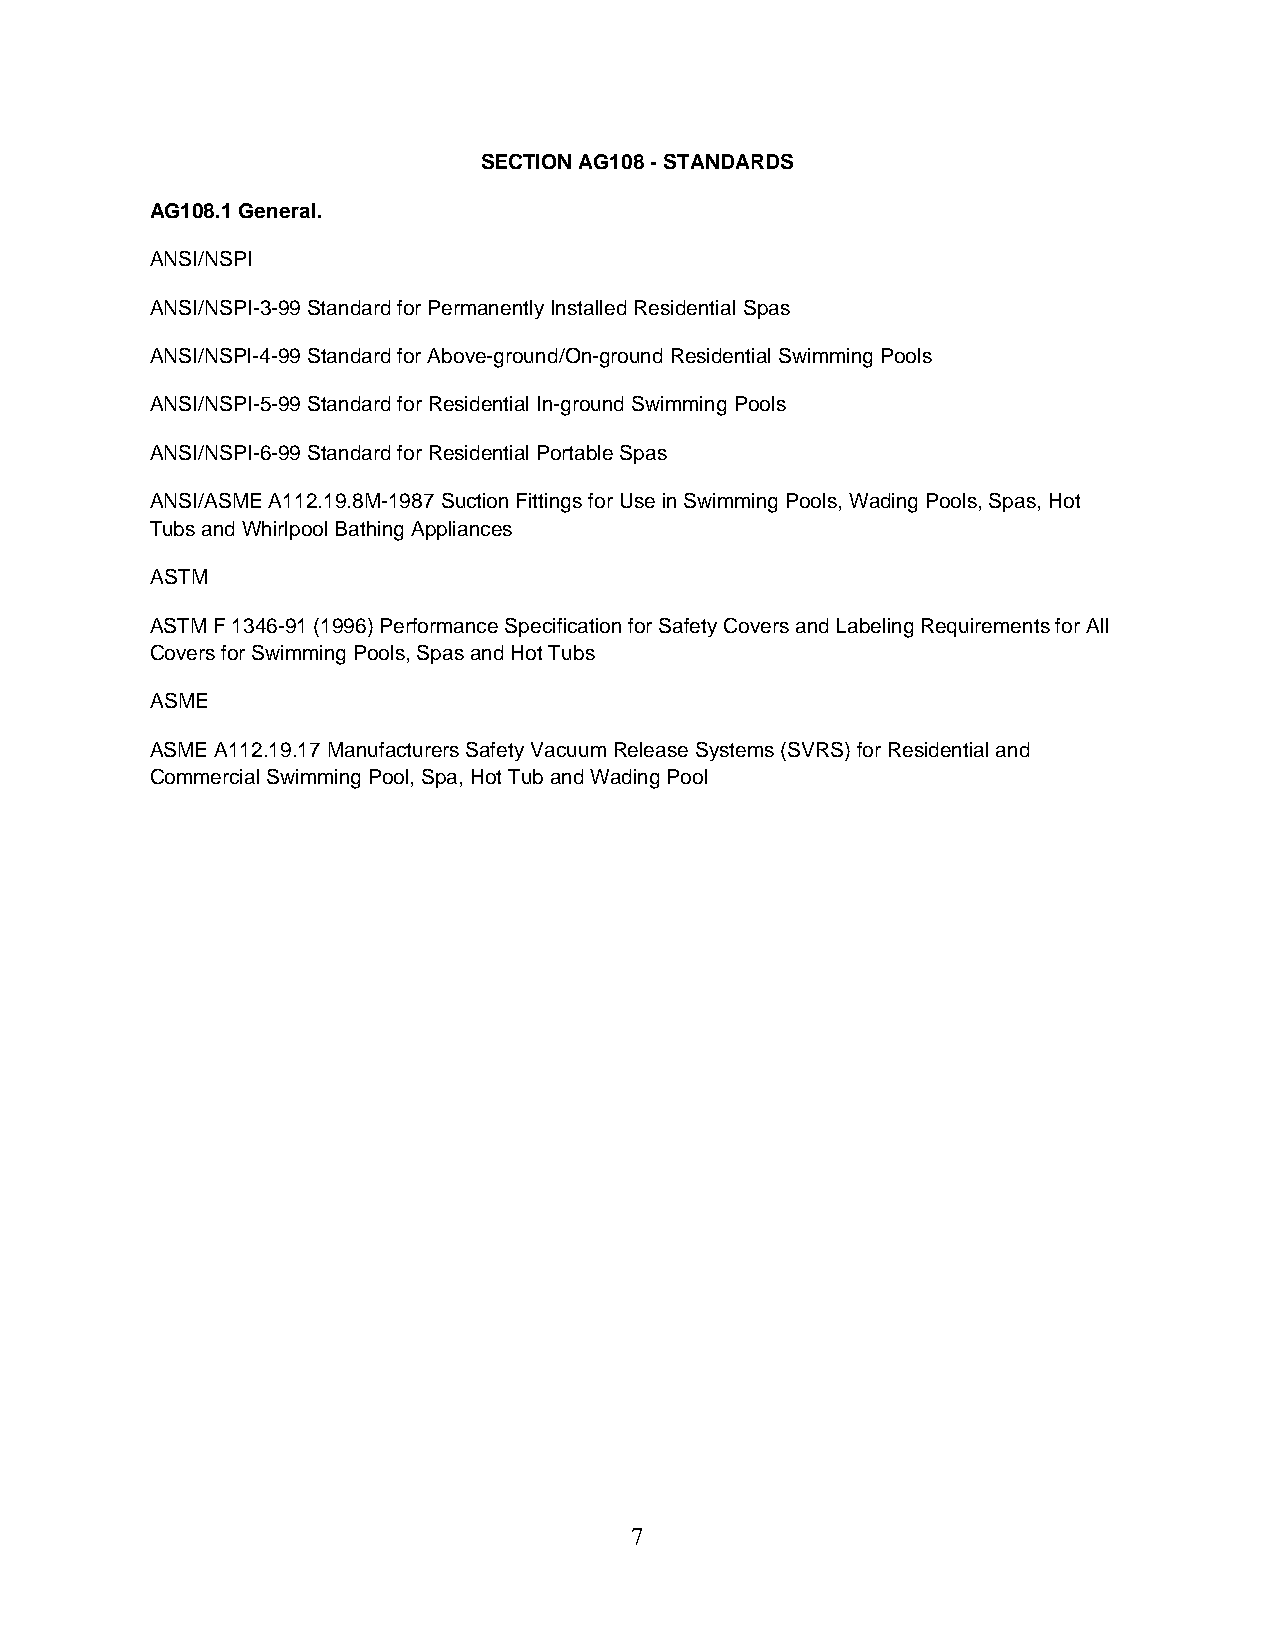
SECTION AG108 - STANDARDS
 AG108.1 General.
 ANSI/NSPI
 ANSI/NSPI-3-99 Standard for Permanently Installed Residential Spas
 ANSI/NSPI-4-99 Standard for Above-ground/On-ground Residential Swimming Pools
 ANSI/NSPI-5-99 Standard for Residential In-ground Swimming Pools
 ANSI/NSPI-6-99 Standard for Residential Portable Spas
 ANSI/ASME A112.19.8M-1987 Suction Fittings for Use in Swimming Pools, Wading Pools, Spas, Hot
 Tubs and Whirlpool Bathing Appliances
 ASTM
 ASTM F 1346-91 (1996) Performance Specification for Safety Covers and Labeling Requirements for All
 Covers for Swimming Pools, Spas and Hot Tubs
 ASME
 ASME A112.19.17 Manufacturers Safety Vacuum Release Systems (SVRS) for Residential and
 Commercial Swimming Pool, Spa, Hot Tub and Wading Pool
 7